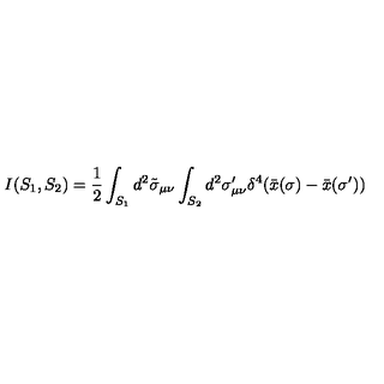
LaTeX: I ( S _ { 1 } , S _ { 2 } ) = \frac { 1 } { 2 } \int _ { S _ { 1 } } d ^ { 2 } \tilde { \sigma } _ { \mu \nu } \int _ { S _ { 2 } } d ^ { 2 } \sigma _ { \mu \nu } ^ { \prime } \delta ^ { 4 } ( \bar { x } ( \sigma ) - \bar { x } ( \sigma ^ { \prime } ) )